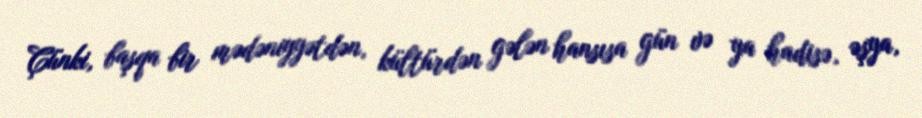
Çünki, başqa bir mədəniyyətdən, kültürdən gələn hansısa gün və ya hadisə, əşya,